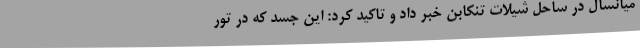
میانسال در ساحل شیلات تنکابن خبر داد و تاکید کرد: این جسد که در تور